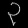
Digit: ၃